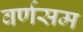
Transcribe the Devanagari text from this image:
वर्णसम